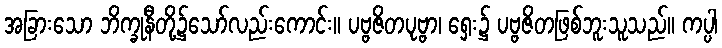
အခြားသော ဘိက္ခုနီတို့၌သော်လည်းကောင်း။ ပဗ္ဗဇိတပုဗ္ဗာ၊ ရှေး၌ ပဗ္ဗဇိတဖြစ်ဘူးသူသည်။ ကပ္ပါ